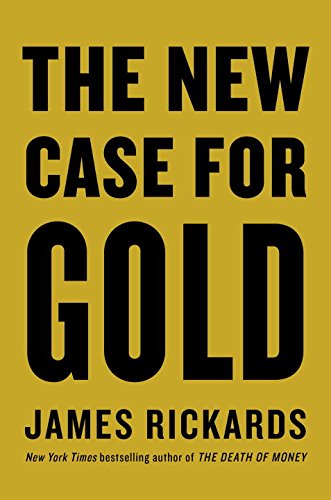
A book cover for The New Case for Gold; James Rickards; Business & Money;